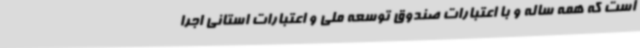
است که همه ساله و با اعتبارات صندوق توسعه ملی و اعتبارات استانی اجرا